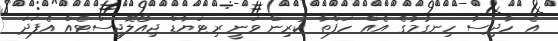
އެ ހާދިސާ ހިނގުމުގެ އެއް ހަފްތާ ކުރިން ވަނީ ރިޓަޔާޑް ޖިއޯލޮޖިސްޓެއް އެފަދަ